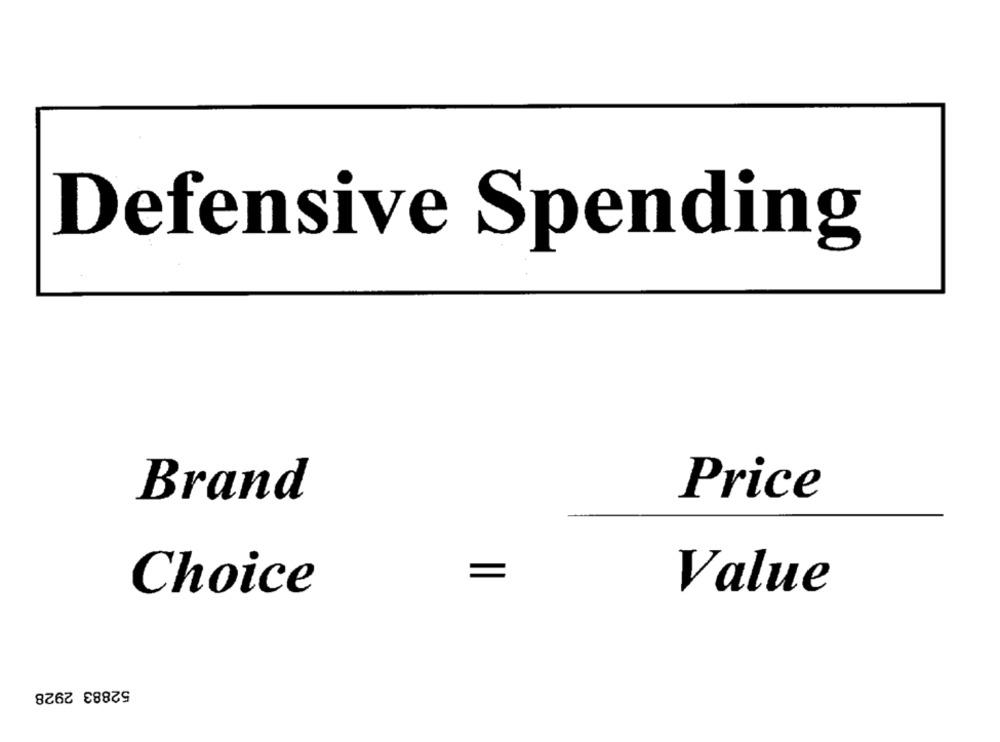
Defensive Spending
Price
Brand
Choice
Value
52883 2928